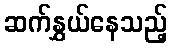
ဆက်နွှယ်နေသည့်